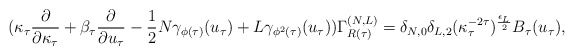
\begin{align*}(\kappa_{\tau} \frac{\partial}{\partial \kappa_{\tau}} + \beta_{\tau}\frac{\partial}{\partial u_{\tau}} - \frac{1}{2} N \gamma_{\phi (\tau)}(u_{\tau}) + L \gamma_{\phi^2 (\tau)}(u_{\tau})) \Gamma_{R (\tau)}^{(N,L)} = \delta_{N,0} \delta_{L,2} (\kappa_{\tau}^{-2 \tau})^\frac{\epsilon_{L}}{2} B_{\tau}(u_{\tau}) ,\end{align*}